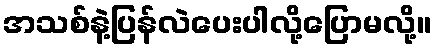
အသစ်နဲ့ပြန်လဲပေးပါလို့ပြောမလို့။